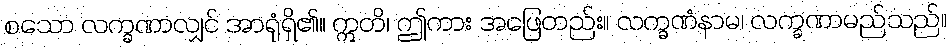
စသော လက္ခဏာလျှင် အာရုံရှိ၏။ ဣတိ၊ ဤကား အဖြေတည်း။ လက္ခဏံနာမ၊ လက္ခဏာမည်သည်။